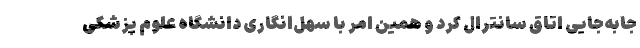
جابه‌جایی اتاق سانترال کرد و همین امر با سهل‌انگاری دانشگاه علوم پزشکی